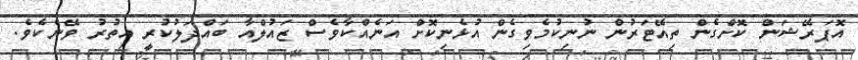
އޮޕަރޭޝަން ކޮށްގެން ތިއޭޓަރުން ނުނިކުމެވިގެން އުޅެނިކޮށް އަނެއްކާވެސް ޒައުލްއާ ބައްދަލުކުރީ އިތުރު ވޭނެކެވެ.